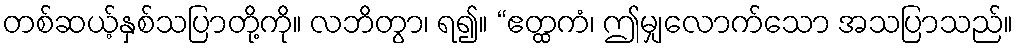
တစ်ဆယ့်နှစ်သပြာတို့ကို။ လဘိတွာ၊ ရ၍။ “ဧတ္ထကံ၊ ဤမျှလောက်သော အသပြာသည်။